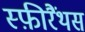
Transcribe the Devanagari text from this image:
स्फ़ीरैंथस